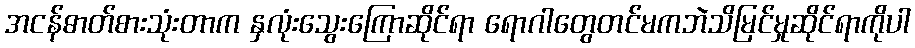
အငန်ဓာတ်စားသုံးတာက နှလုံးသွေးကြောဆိုင်ရာ ရောဂါတွေတင်မကဘဲသိမြင်မှုဆိုင်ရာကိုပါ